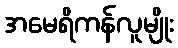
အမေရိကန်လူမျိုး